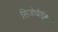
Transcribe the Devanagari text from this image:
सिजोफ्रीनिया